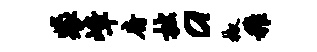
裴嶂府拙a椒稚